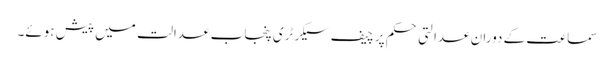
سماعت کے دوران عدالتی حکم پر چیف سیکرٹری پنجاب عدالت میں پیش ہوئے۔